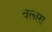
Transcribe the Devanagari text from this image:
बलारा